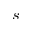
s